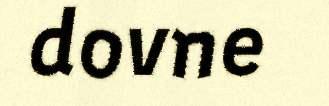
dovne